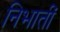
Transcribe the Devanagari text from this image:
निभातीं